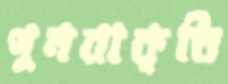
পুনরাকৃতি